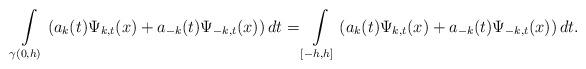
LaTeX: \begin{align*}\int\limits_{\gamma(0,h)}\left( a_{k}(t)\Psi_{k,t}(x)+a_{-k}(t)\Psi_{-k,t}(x)\right) dt=\int\limits_{[-h,h]}\left( a_{k}(t)\Psi_{k,t}(x)+a_{-k}(t)\Psi_{-k,t}(x)\right) dt.\end{align*}